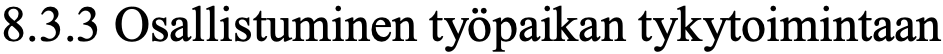
8.3.3 Osallistuminen työpaikan tykytoimintaan